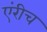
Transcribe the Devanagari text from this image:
एंरीच